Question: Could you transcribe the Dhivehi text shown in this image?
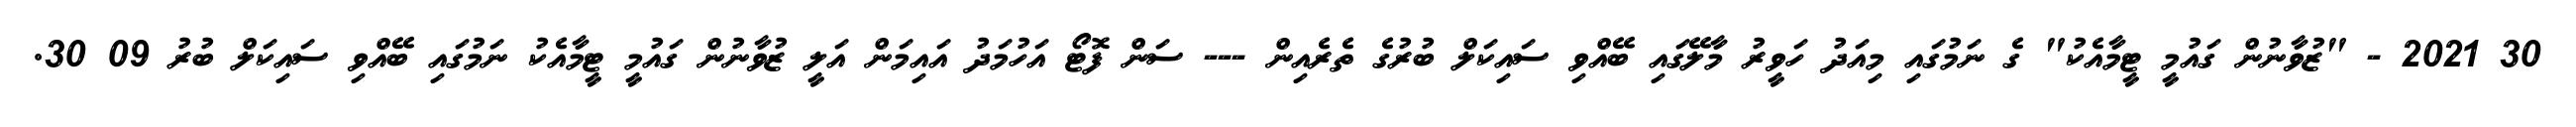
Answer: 30 2021 - "ޒުވާނުން ގައުމީ ޓީމާއެކު" ގެ ނަމުގައި މިއަދު ހަވީރު މާލޭގައި ބޭއްވި ސައިކަލް ބުރުގެ ތެރެއިން --- ސަން ފޮޓޯ އަހުމަދު އައިމަން އަލީ ޒުވާނުން ގައުމީ ޓީމާއެކު ނަމުގައި ބޭއްވި ސައިކަލް ބުރު 09 30.